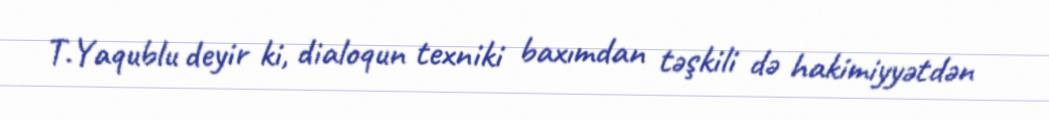
T.Yaqublu deyir ki, dialoqun texniki baxımdan təşkili də hakimiyyətdən